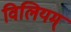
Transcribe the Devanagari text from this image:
विलियम्